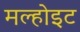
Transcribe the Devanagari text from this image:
मल्होइट